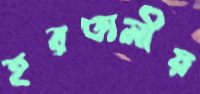
হরতালীয়